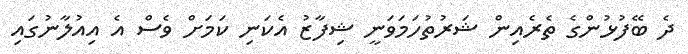
ދެ ބޭފުޅުންގެ ތެރެއިން ޝަރުތުހަމަވަނީ ޝިފާޒު އެކަނި ކަމަށް ވެސް އެ އިއުލާނުގައި